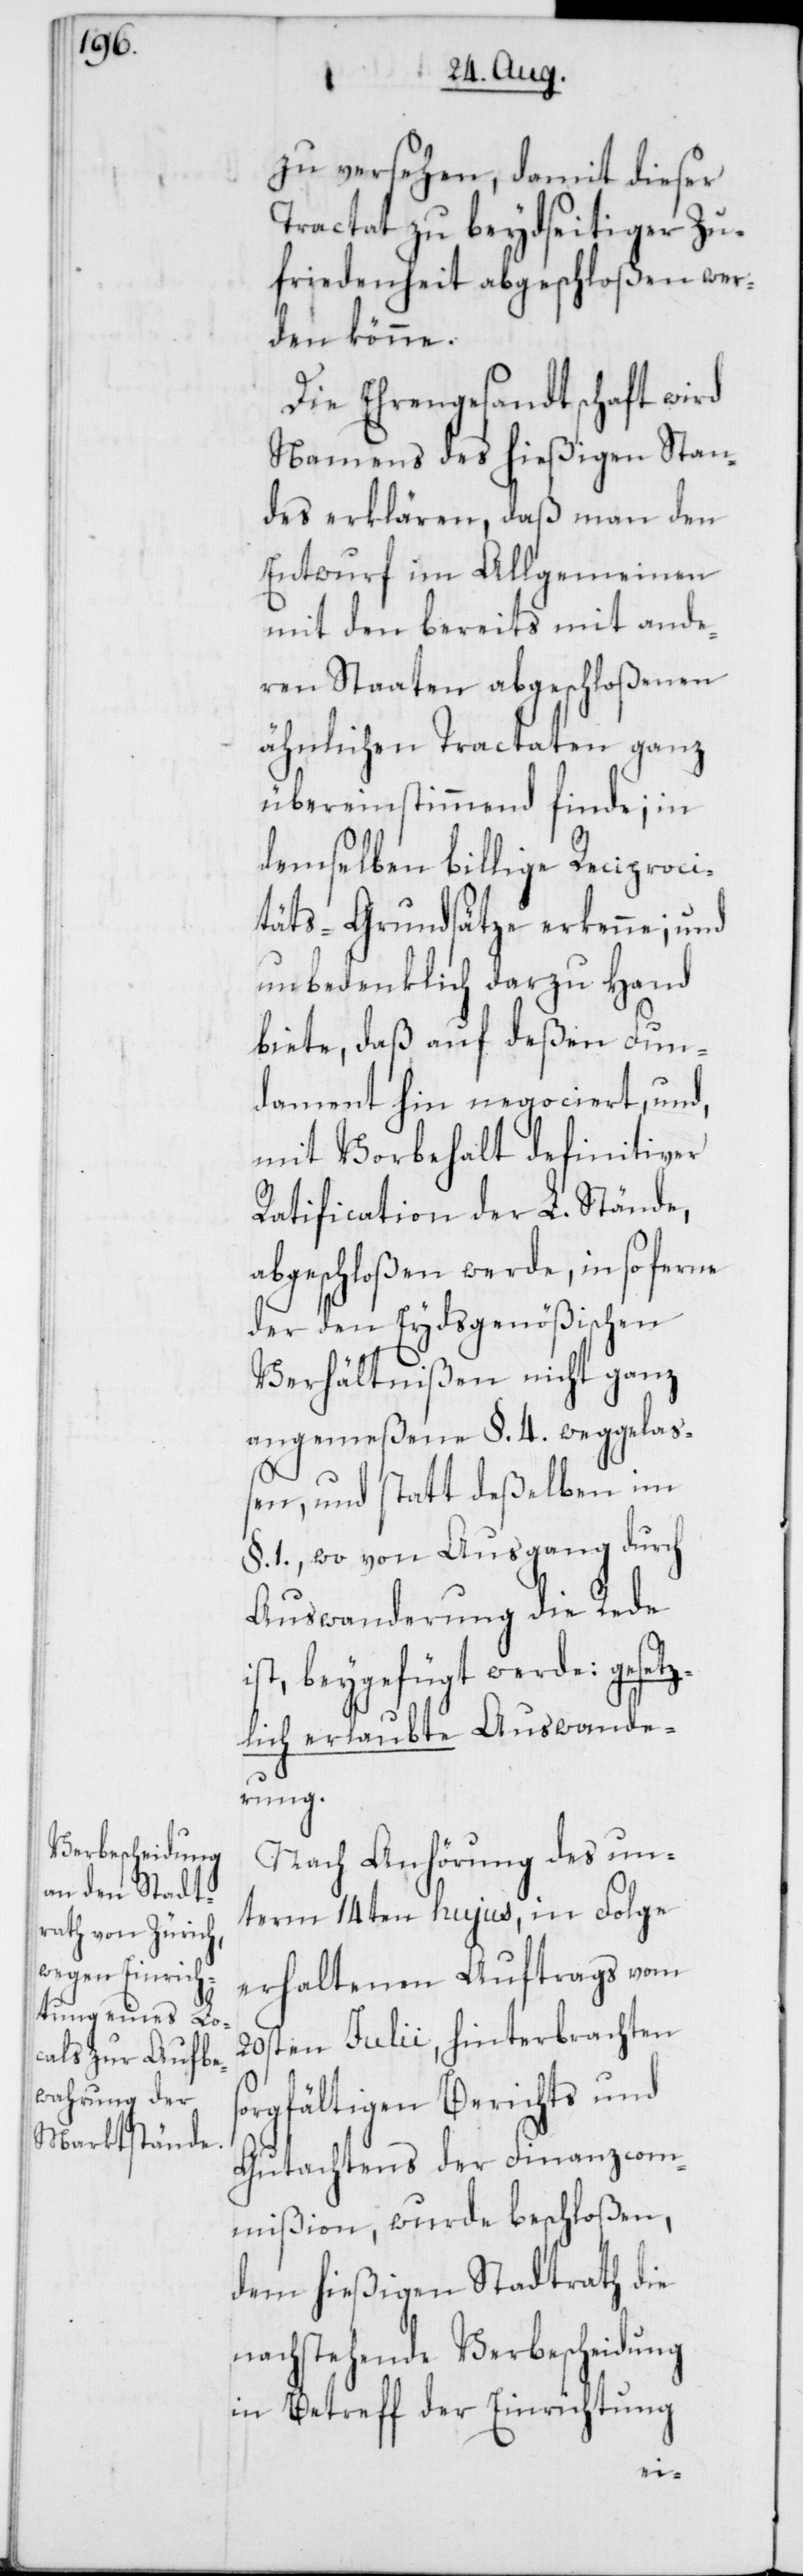
zu versehen, damit dieser
Tractat zu beydseitiger Zu¬
friedenheit abgeschloßen wer¬
den könne.
Die Ehrengesandtschaft wird
Namens des hießigen Stan¬
des erklären, daß man den
Entwurf im Allgemeinen
mit den bereits mit ande¬
ren Staaten abgeschloßenen
ähnlichen Tractaten ganz
übereinstimmend finde; in
demselben billige Reciproci¬
täts-Grundsätze erkenne; und
unbedenklich darzu Hand
biete, daß auf deßen Fun¬
dament hin negociert, und,
mit Vorbehalt definitiver
Ratification der L. Stände,
abgeschloßen werde, in so ferne
der den Eydsgenößischen
Verhältnißen nicht ganz
angemeßene §. 4. weggelaß¬
en, und statt deßelben im
§. 1., wo von Ausgang durch
Auswanderung die Rede
ist, beygefügt werde: gesetz¬
lich erlaubte Auswande¬
rung.
Nach Anhörung des un¬
term 14ten hujus, in Folge
erhaltenen Auftrags vom
20sten Julii, hinterbrachten
orgfältigen Berichts und
Gutachtens der Finanzcom¬
mißion, wurde beschloßen,
dem hießigen Stadtrath die
nachstehende Verbescheidung
in Betreff der Einrichtung
s¬